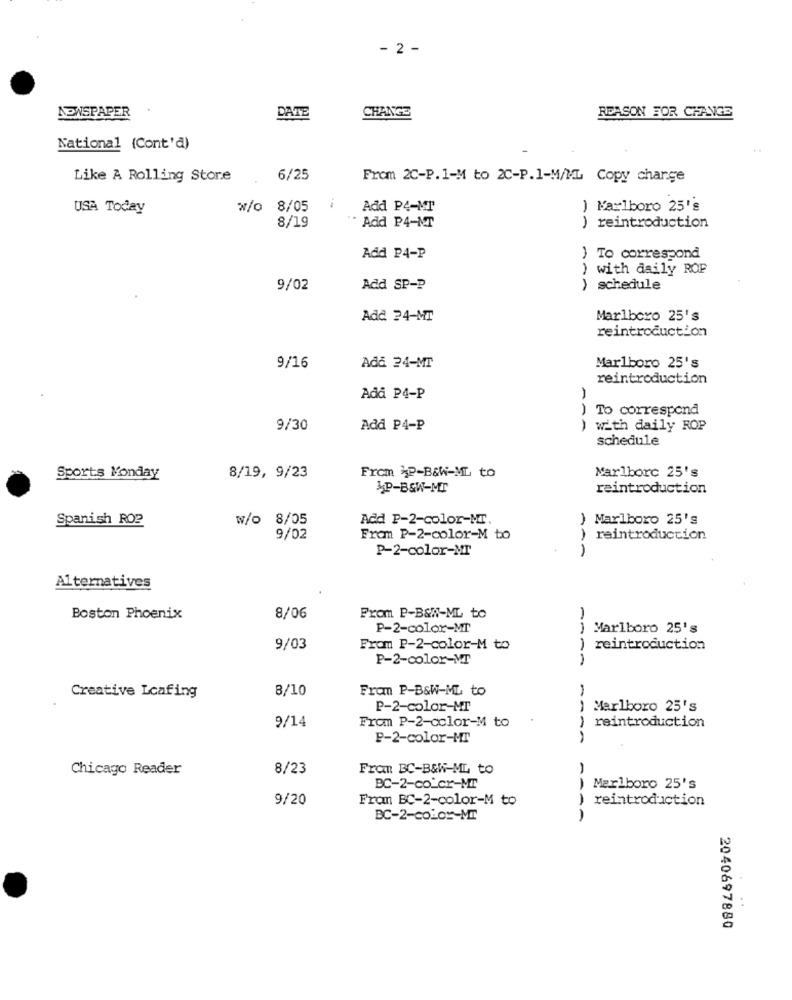
- 2 -
NEWSPAPER
DATE
CHANGE
REASON FOR CHANGE
National (Cont'd)
Like A Rolling Store
6/25
From 2C-P. 1-M to 2C-P.1-M/ML Copy charge
USA Today
w/o 8/05
Add P4-MT
) Marlboro 25's
) reintroduction
8/19
Add P4-MT
Add P4-P
) To correspond
) with daily ROP
9/02
Add SP-P
schedule
Add 24-MT
Marlboro 25's
reintroduction
9/16
Add 24-MT
Marlboro 25's
reintroduction
Add P4-P
To correspond
9/30
Add P4-P
) with daily ROP
schedule
Sports Monday
8/19, 9/23
From P-B&W-ML to
Marlborc 25's
MP-B&W-MT
reintroduction
Spanish RO2
w/o 8/05
Add P-2-color-MT.
Marlboro 25's
9/02
From P-2-color-M to
reintroduction
P-2-color-MT
Alternatives
Boston Phoenix
8/06
From P-B&W-ML to
P-2-color-MT
) Marlboro 25's
9/03
From P-2-color-M to
reintroduction
P-2-color-MT
8/10
Fran P-B&W-ML to
Creative Lcafing
P-2-color-MT
Marlboro 25's
From P-2-color-M to
reintroduction
9/14
P-2-color-Mr
Chicago Reader
8/23
Fran BC-B&W-ML to
BC-2-co_cr-MT
Marlboro 25's
9/20
Fran BC-2-color-M to
reintroduction
BC-2-color-MT
:
2040697880